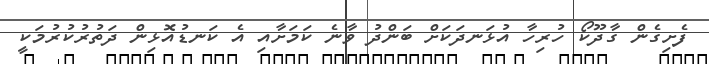
ފެށިގެން ގާދޫކޯ ހުރިހާ އުޅަނދަކަށް ބަންދު ވާނެ ކަމަށާއި އެ ކަނޑުއޮޅިން ދަތުރުކުރުމަކީ